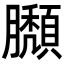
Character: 𦢶